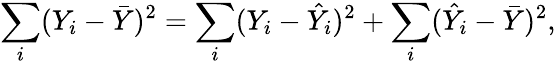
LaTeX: \sum_{i}(Y_{i}-{\bar{Y}})^{2}=\sum_{i}(Y_{i}-{\hat{Y}}_{i})^{2}+\sum_{i}({\hat{Y}}_{i}-{\bar{Y}})^{2},